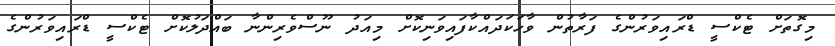
މިގޮތަށް ޓެކްސީ ޑްރައިވަރުންގެ ފަރާތުން ވާހަކަދައްކާފައިވަނިކޮށް މިއަދު ނޫސްވެރިންނާ ބައްދަލުކޮށް ޓެކްސީ ޑްރައިވަރުންގެ